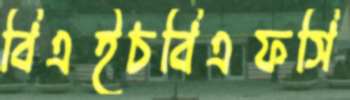
বিএইচবিএফসি